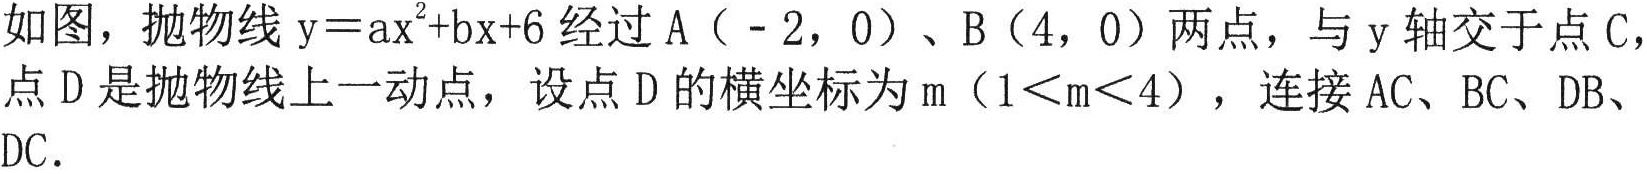
如图，抛物线$\mathrm{y}=a\mathrm{x}^{2}+b\mathrm{x}+6$经过$\mathrm{A}(-2,0)$、$\mathrm{B}(4,0)$两点，与$\mathrm{y}$轴交于点$\mathrm{C}$，点$\mathrm{D}$是抛物线上一动点，设点$\mathrm{D}$的横坐标为$\mathrm{m}$（$1<\mathrm{m}<4$），连接$\mathrm{AC}$、$\mathrm{BC}$、$\mathrm{DB}$、$\mathrm{DC}$.